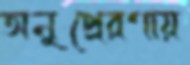
অনুপ্রেরণায়